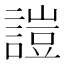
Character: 𧪚